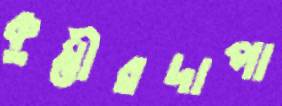
কুম্ভীরদাপা